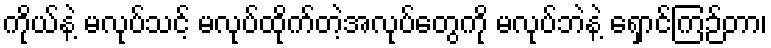
ကိုယ်နဲ့ မလုပ်သင့် မလုပ်ထိုက်တဲ့အလုပ်တွေကို မလုပ်ဘဲနဲ့ ရှောင်ကြဉ်တာ၊